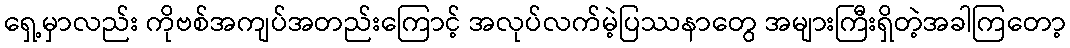
ရှေ့မှာလည်း ကိုဗစ်အကျပ်အတည်းကြောင့် အလုပ်လက်မဲ့ပြဿနာတွေ အများကြီးရှိတဲ့အခါကြတော့